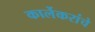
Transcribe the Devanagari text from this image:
कार्लेकरांचे